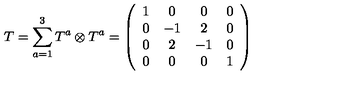
T = \sum _ { a = 1 } ^ { 3 } T ^ { a } \otimes T ^ { a } = \left( \begin{array} { c c c c } { 1 } & { 0 } & { 0 } & { 0 } \\ { 0 } & { - 1 } & { 2 } & { 0 } \\ { 0 } & { 2 } & { - 1 } & { 0 } \\ { 0 } & { 0 } & { 0 } & { 1 } \\ \end{array} \right)